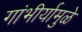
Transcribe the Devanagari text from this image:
गांभीर्यामुळे